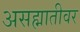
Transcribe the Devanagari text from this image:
असह्मातीवर